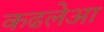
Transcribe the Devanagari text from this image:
कढलेआ